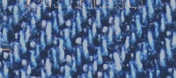
صالون التجميل يقدم لكم خد